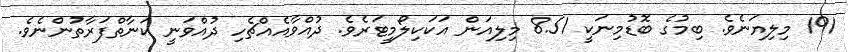
191 މިލިޔަނެވެ. ބިމުގެ ބޮޑުމިނަކީ 8.51 މިލިއަން އަކަކިލޯމީޓަރެވެ. ދުއްވާއެއްޗެހި ދުއްވަނީ ކަނާތްފަރާތުންނެވެ.